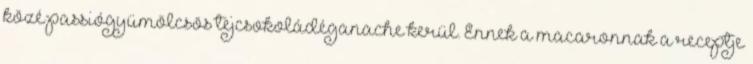
közé passiógyümölcsös tejcsokoládéganache kerül. Ennek a macaronnak a receptje